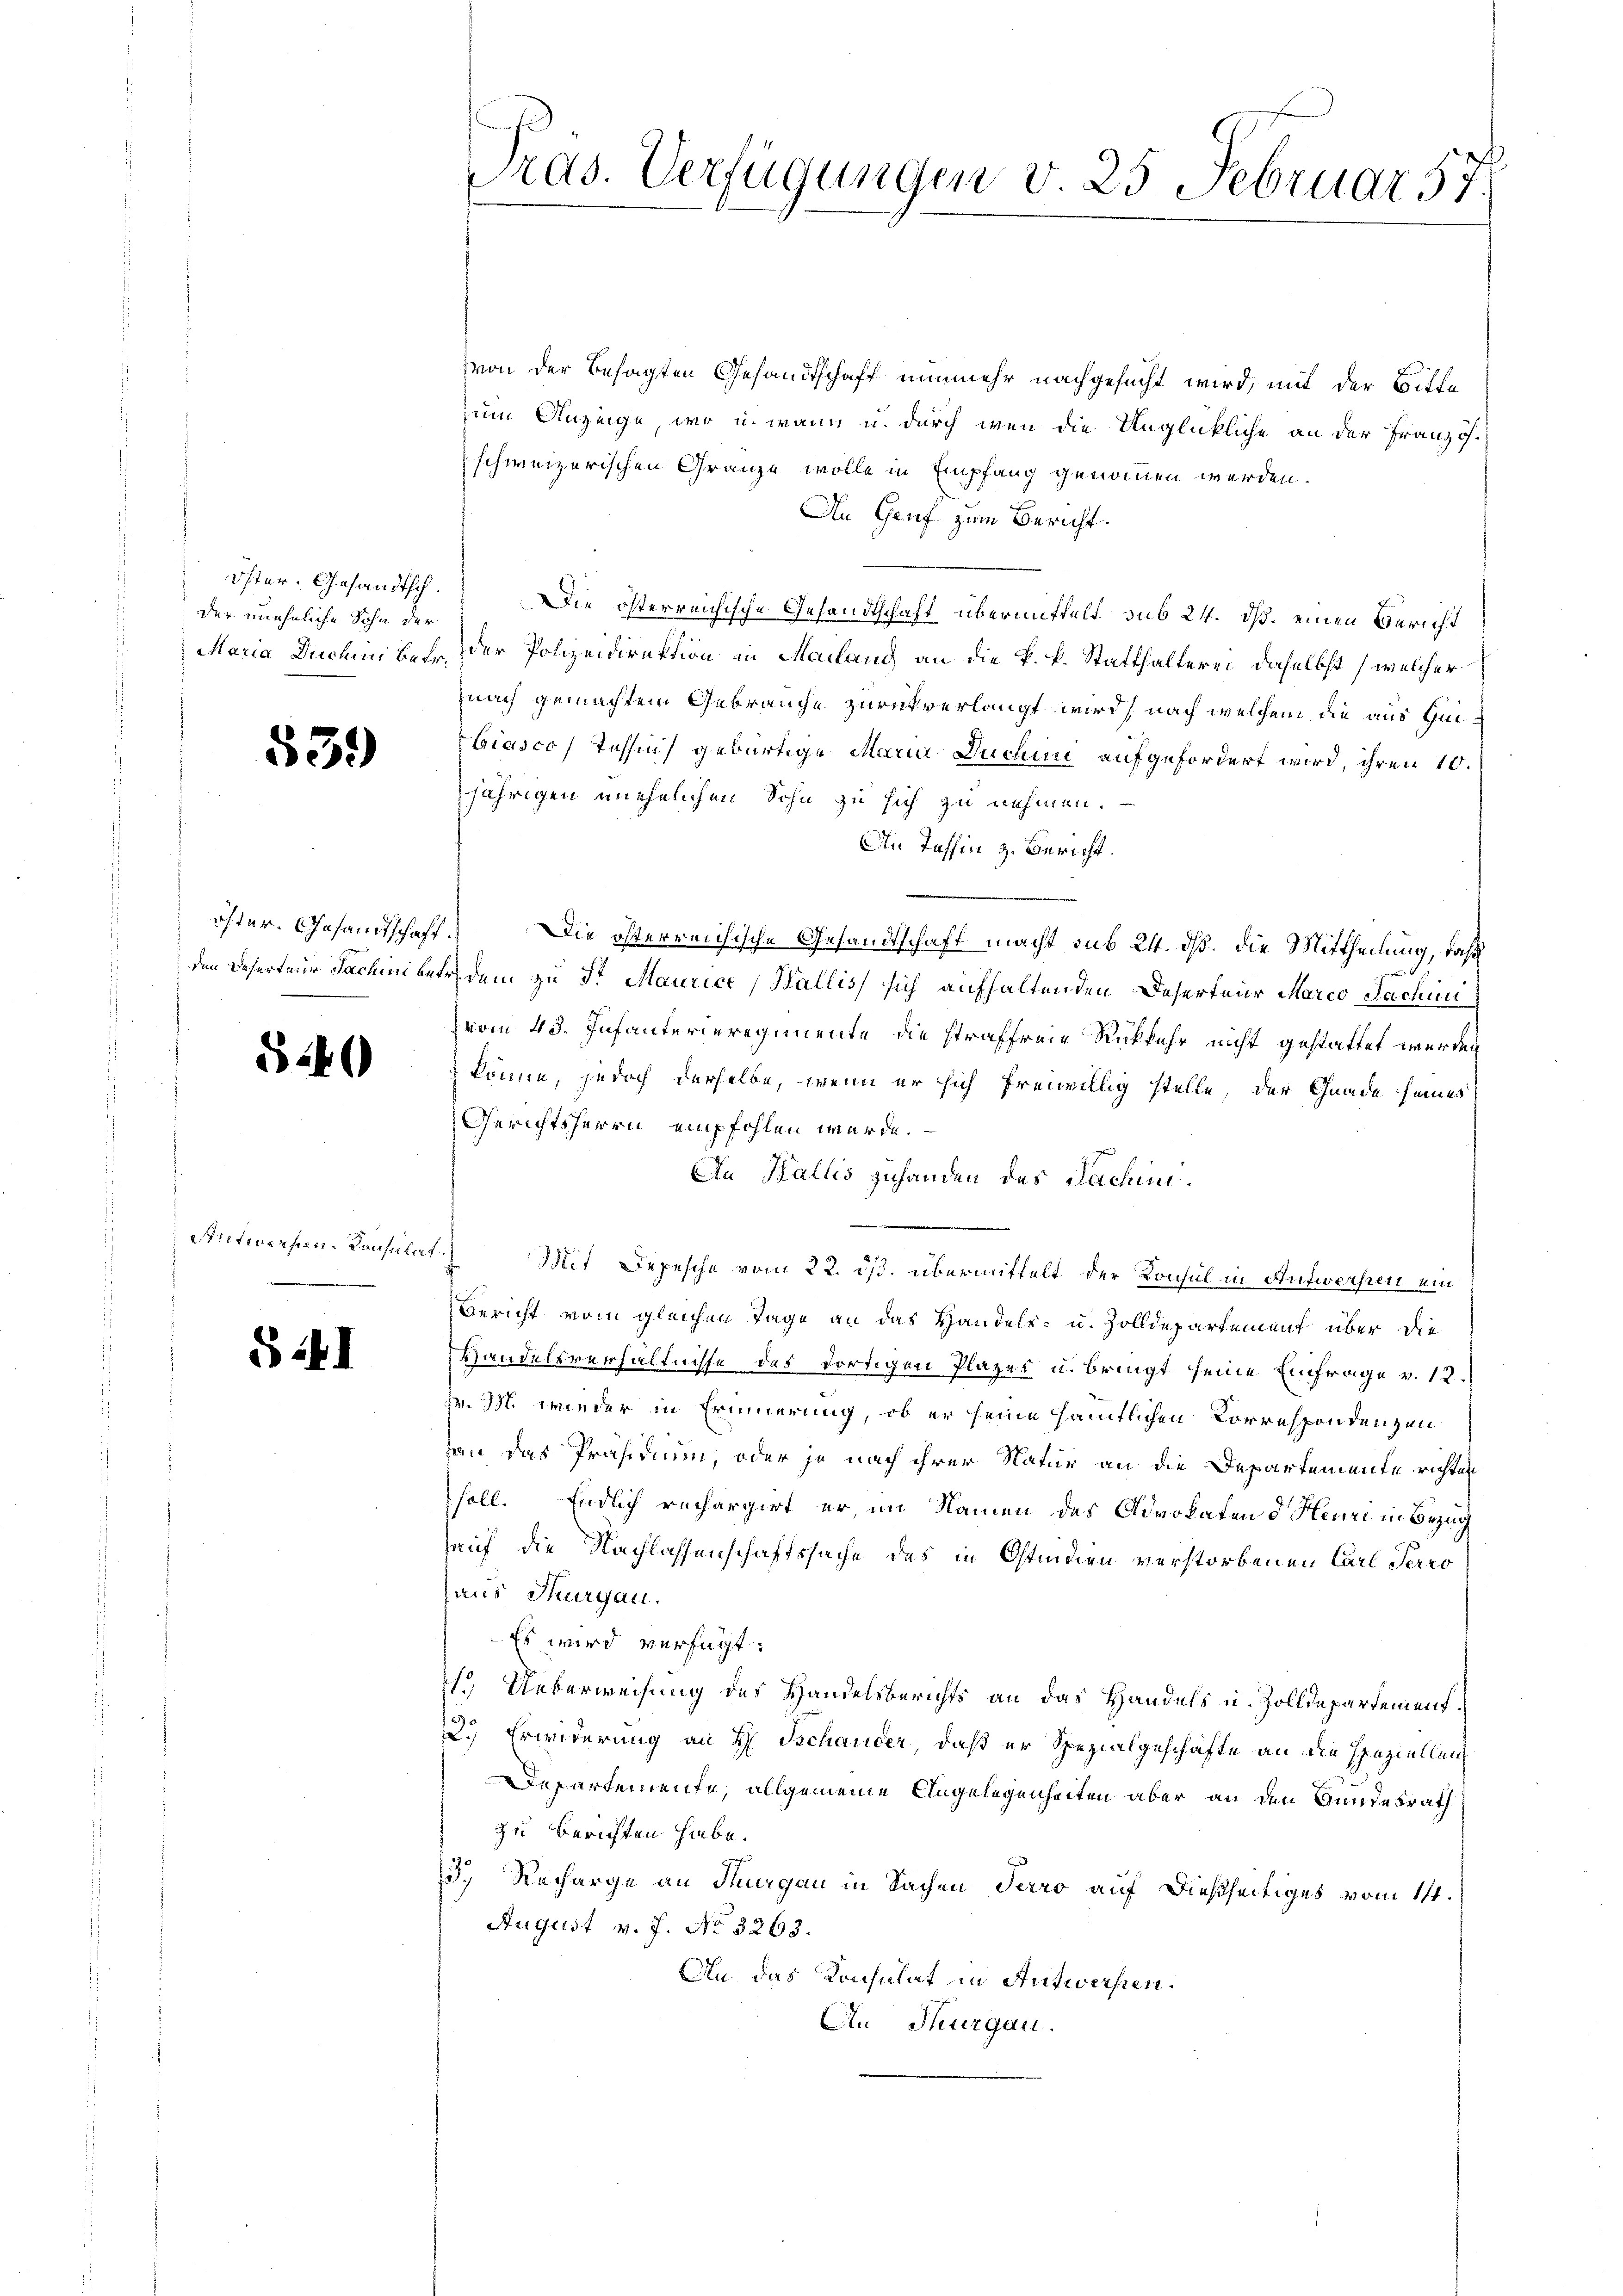
öster. Gesandtsch.
der uneheliche Sohn der

539)

52

§ 41

den daherteur Jachini bet

.

itieren Konsulat
.

Pras. Verfügungen d. 25 Februar 57.

von der besagten Gesandtschaft nunmehr nachgesucht wird, mit der Bitte
um Anzeige, wo u. wann u. durch wenn die Unglückliche an der Französ.
schweizerischen Gränze wolle in Empfang genommen werden.
In Genf zum Bericht.
Die österreichische Gesandtschaft übermittelt, sub 24. ds. einen Bericht
Maria Duchini bei der Polizeidirektion in Mailand an die k. k. Statthalterei, daselbst (welcher
nach gemachtem Gebräuche zurückverlangt wird, nach welchem die aus Hei¬
Giasco, Tessin gebürtige Maria Duchini aufgefordert wird, ihren 10.
jährigen unehelichen Sohn zu sich zu nehmen.
An Tahhin z. Bericht.
öster. Gesandtschaft. Die österreichische Gesandtschaft macht sub 24. dß. die Mittheilung, daß
Er dem zu Sr Maurice, Wallis, sich aufhaltenden Deserteur Marco Jachini
zvom 43. Infanterieregimente die straffreie Rückkehr nicht gestattet werden
könne, jedoch derselbe, wenn er sich freiwillig stelle, der Gnade seines
Gerichtsherrn empfohlen würde.
An Wallis zuhanden des Sachen¬
Mit Depesche vom 22. ds. übermittelt der Konsul in Antwersten ein
Bericht vom gleichen Tage an das Handels- u. Zolldepartement über die
Handelsverhältnisse des dortigen Plazer u. bringt seine Einfrage v. 12.
w. M. wieder in Erinnerung, ob er seine sämtlichen Korrespondenzen
an das Präsidium, oder je nach ihrer Natur an die Departemente richten
soll. Endlich rechargirt er, im Namen des Advokaten d. Heure in Bezug
sauf die Nachlassenschaftssache des in Ostinien verstorbenen Carl Terro
aus Thurgau.
Es wird verfügt:
1.) Ueberweisung des Handelsberichts an das Handels u. Zolldepartement¬
22.) Erwiderung an H. Schander, daß er Spezialgeschäfte an die Speziellen¬
Departemente, allgemeine Angelegenheiten aber an den Hundesrath
zu berichten habe.
3. Recharge an Thurgau in Sachen Terro auf dießseitiges vom 14.
August v. J. No 3263.
An das Konsulat in Antworfen.
An Thurgau.